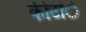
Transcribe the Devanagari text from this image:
कीटांे